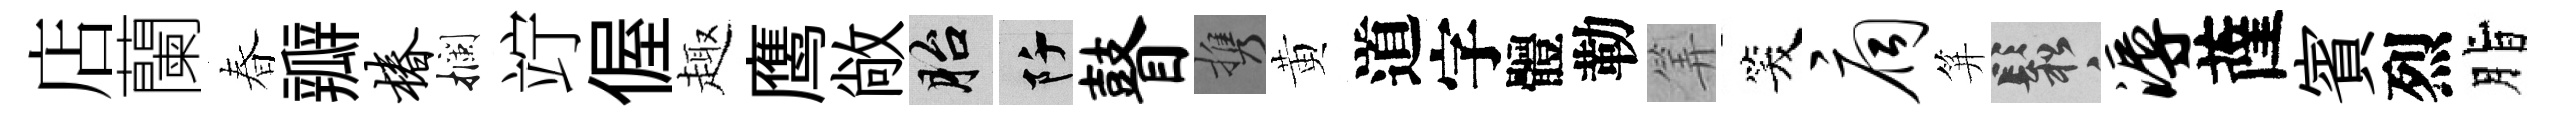
店蘭春瓣椿攔竚偓趣鹰敞胎阡瞽携黄道字體勒筭笑扃笄鬆溽薩賓烈脂